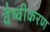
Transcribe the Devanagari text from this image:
वैष्वीकरण